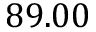
8 9 . 0 0